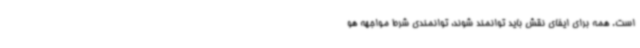
است. همه برای ایفای نقش باید توانمند شوند، توانمندی شرط مواجهه هو